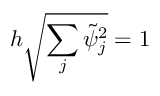
h \sqrt { \sum _ { j } \tilde { \psi } _ { j } ^ { 2 } } = 1